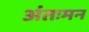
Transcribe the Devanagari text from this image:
अंतःमन